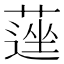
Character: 𦹇